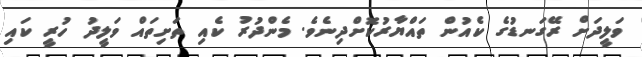
ވަލީދަށް ރޭގަނޑުގެ ކެއުން ތައްޔާރުކޮށްދިނެވެ. މެންދުރު ކެއި ތަށިތައް ވަލީދު ހުރީ ކައި